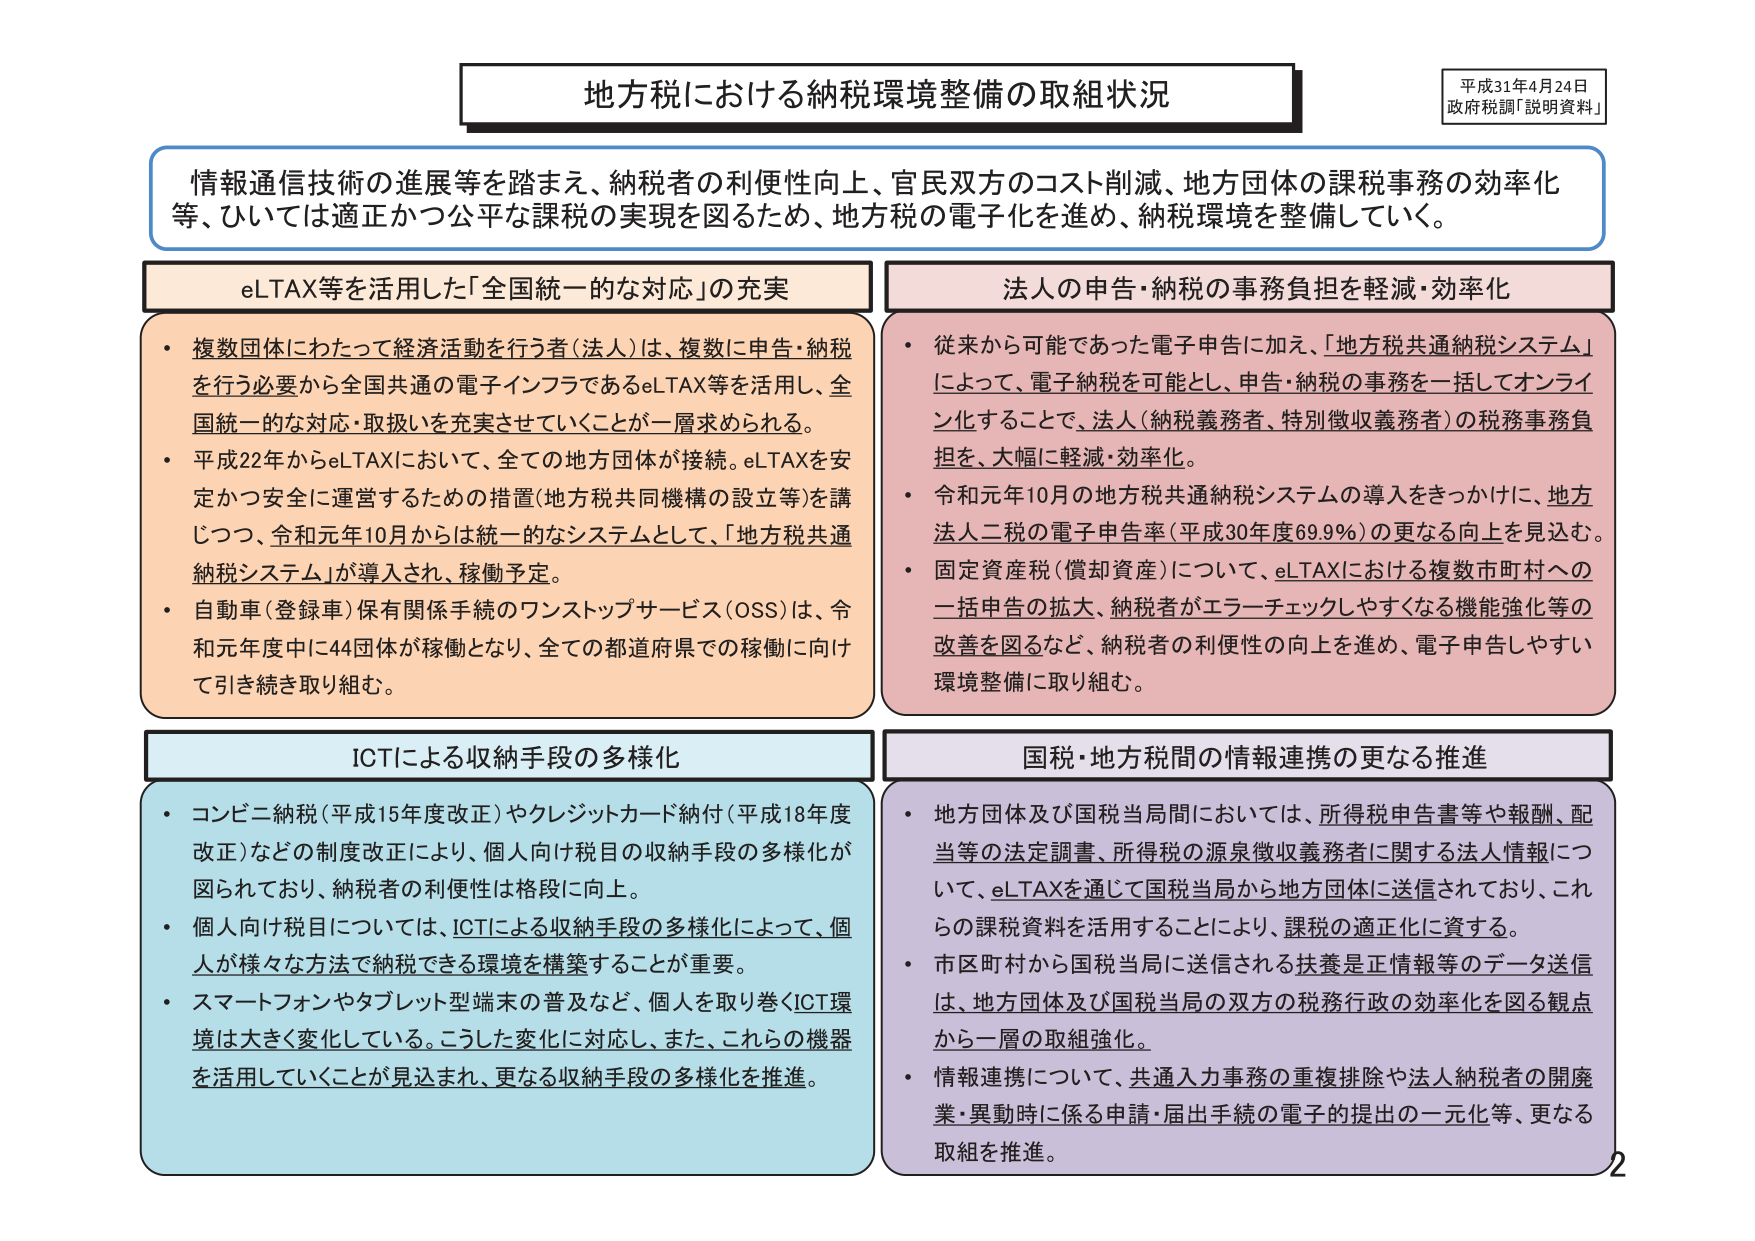
地方税における納税環境整備の取組状況

平成31年4月24日
政府税調「説明資料」

情報通信技術の進展等を踏まえ、納税者の利便性向上、官民双方のコスト削減、地方団体の課税事務の効率化等、ひいては適正かつ公平な課税の実現を図るため、地方税の電子化を進め、納税環境を整備していく。

eLTAX等を活用した「全国統一的な対応」の充実
・複数団体にわたって経済活動を行う者（法人）は、複数に申告・納税を行う必要から全国共通の電子インフラであるeLTAX等を活用し、全国統一的な対応・取扱いを充実させていくことが一層求められる。
・平成22年からeLTAXにおいて、全ての地方団体が接続。eLTAXを安定かつ安全に運営するための措置（地方税共同機構の設立等）を講じつつ、令和元年10月からは統一的なシステムとして、「地方税共通納税システム」が導入され、稼働予定。
・自動車（登録車）保有関係手続のワンストップサービス（OSS）は、令和元年度中に44団体が稼働となり、全ての都道府県での稼働に向けて引き続き取り組む。

法人の申告・納税の事務負担を軽減・効率化
・従来から可能であった電子申告に加え、「地方税共通納税システム」によって、電子納税を可能とし、申告・納税の事務を一括してオンライン化することで、法人（納税義務者、特別徴収義務者）の税務事務負担を、大幅に軽減・効率化。
・令和元年10月の地方税共通納税システムの導入をきっかけに、地方法人二税の電子申告率（平成30年度69.9％）の更なる向上を見込む。
・固定資産税（償却資産）について、eLTAXにおける複数市町村への一括申告の拡大、納税者がエラーチェックしやすくなる機能強化等の改善を図るなど、納税者の利便性の向上を進め、電子申告しやすい環境整備に取り組む。

ICTによる収納手段の多様化
・コンビニ納税（平成15年度改正）やクレジットカード納付（平成18年度改正）などの制度改正により、個人向け税目の収納手段の多様化が図られており、納税者の利便性は格段に向上。
・個人向け税目については、ICTによる収納手段の多様化によって、個人が様々な方法で納税できる環境を構築することが重要。
・スマートフォンやタブレット型端末の普及など、個人を取り巻くICT環境は大きく変化している。こうした変化に対応し、また、これらの機器を活用していくことが見込まれ、更なる収納手段の多様化を推進。

国税・地方税間の情報連携の更なる推進
・地方団体及び国税当局間においては、所得税申告書等や報酬、配当等の法定調書、所得税の源泉徴収義務者に関する法人情報について、eLTAXを通じて国税当局から地方団体に送信されており、これらの課税資料を活用することにより、課税の適正化に資する。
・市区町村から国税当局に送信される扶養是正情報等のデータ送信は、地方団体及び国税当局の双方の税務行政の効率化を図る観点から一層の取組強化。
・情報連携について、共通入力事務の重複排除や法人納税者の開廃業・異動時に係る申請・届出手続の電子的提出の一元化等、更なる取組を推進。

2